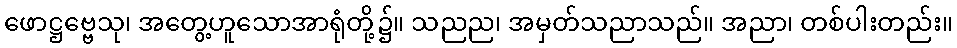
ဖောဋ္ဌဗ္ဗေသု၊ အတွေ့ဟူသောအာရုံတို့၌။ သညည၊ အမှတ်သညာသည်။ အညာ၊ တစ်ပါးတည်း။